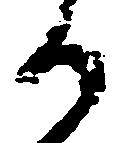
か